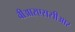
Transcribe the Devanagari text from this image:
वीआरएससीआर